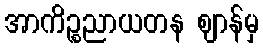
အာကိဉ္စညာယတန ဈာန်မှ